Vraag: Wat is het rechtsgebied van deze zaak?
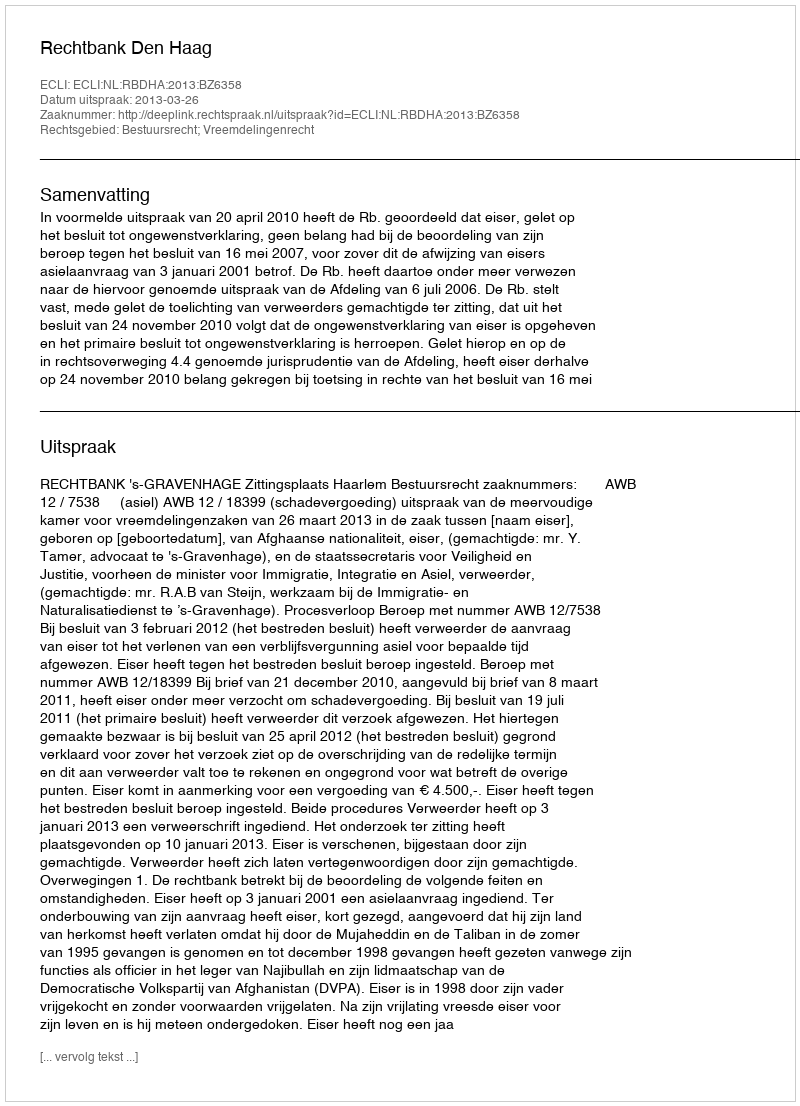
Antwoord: Bestuursrecht; Vreemdelingenrecht